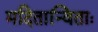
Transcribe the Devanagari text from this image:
मदितान्विताः